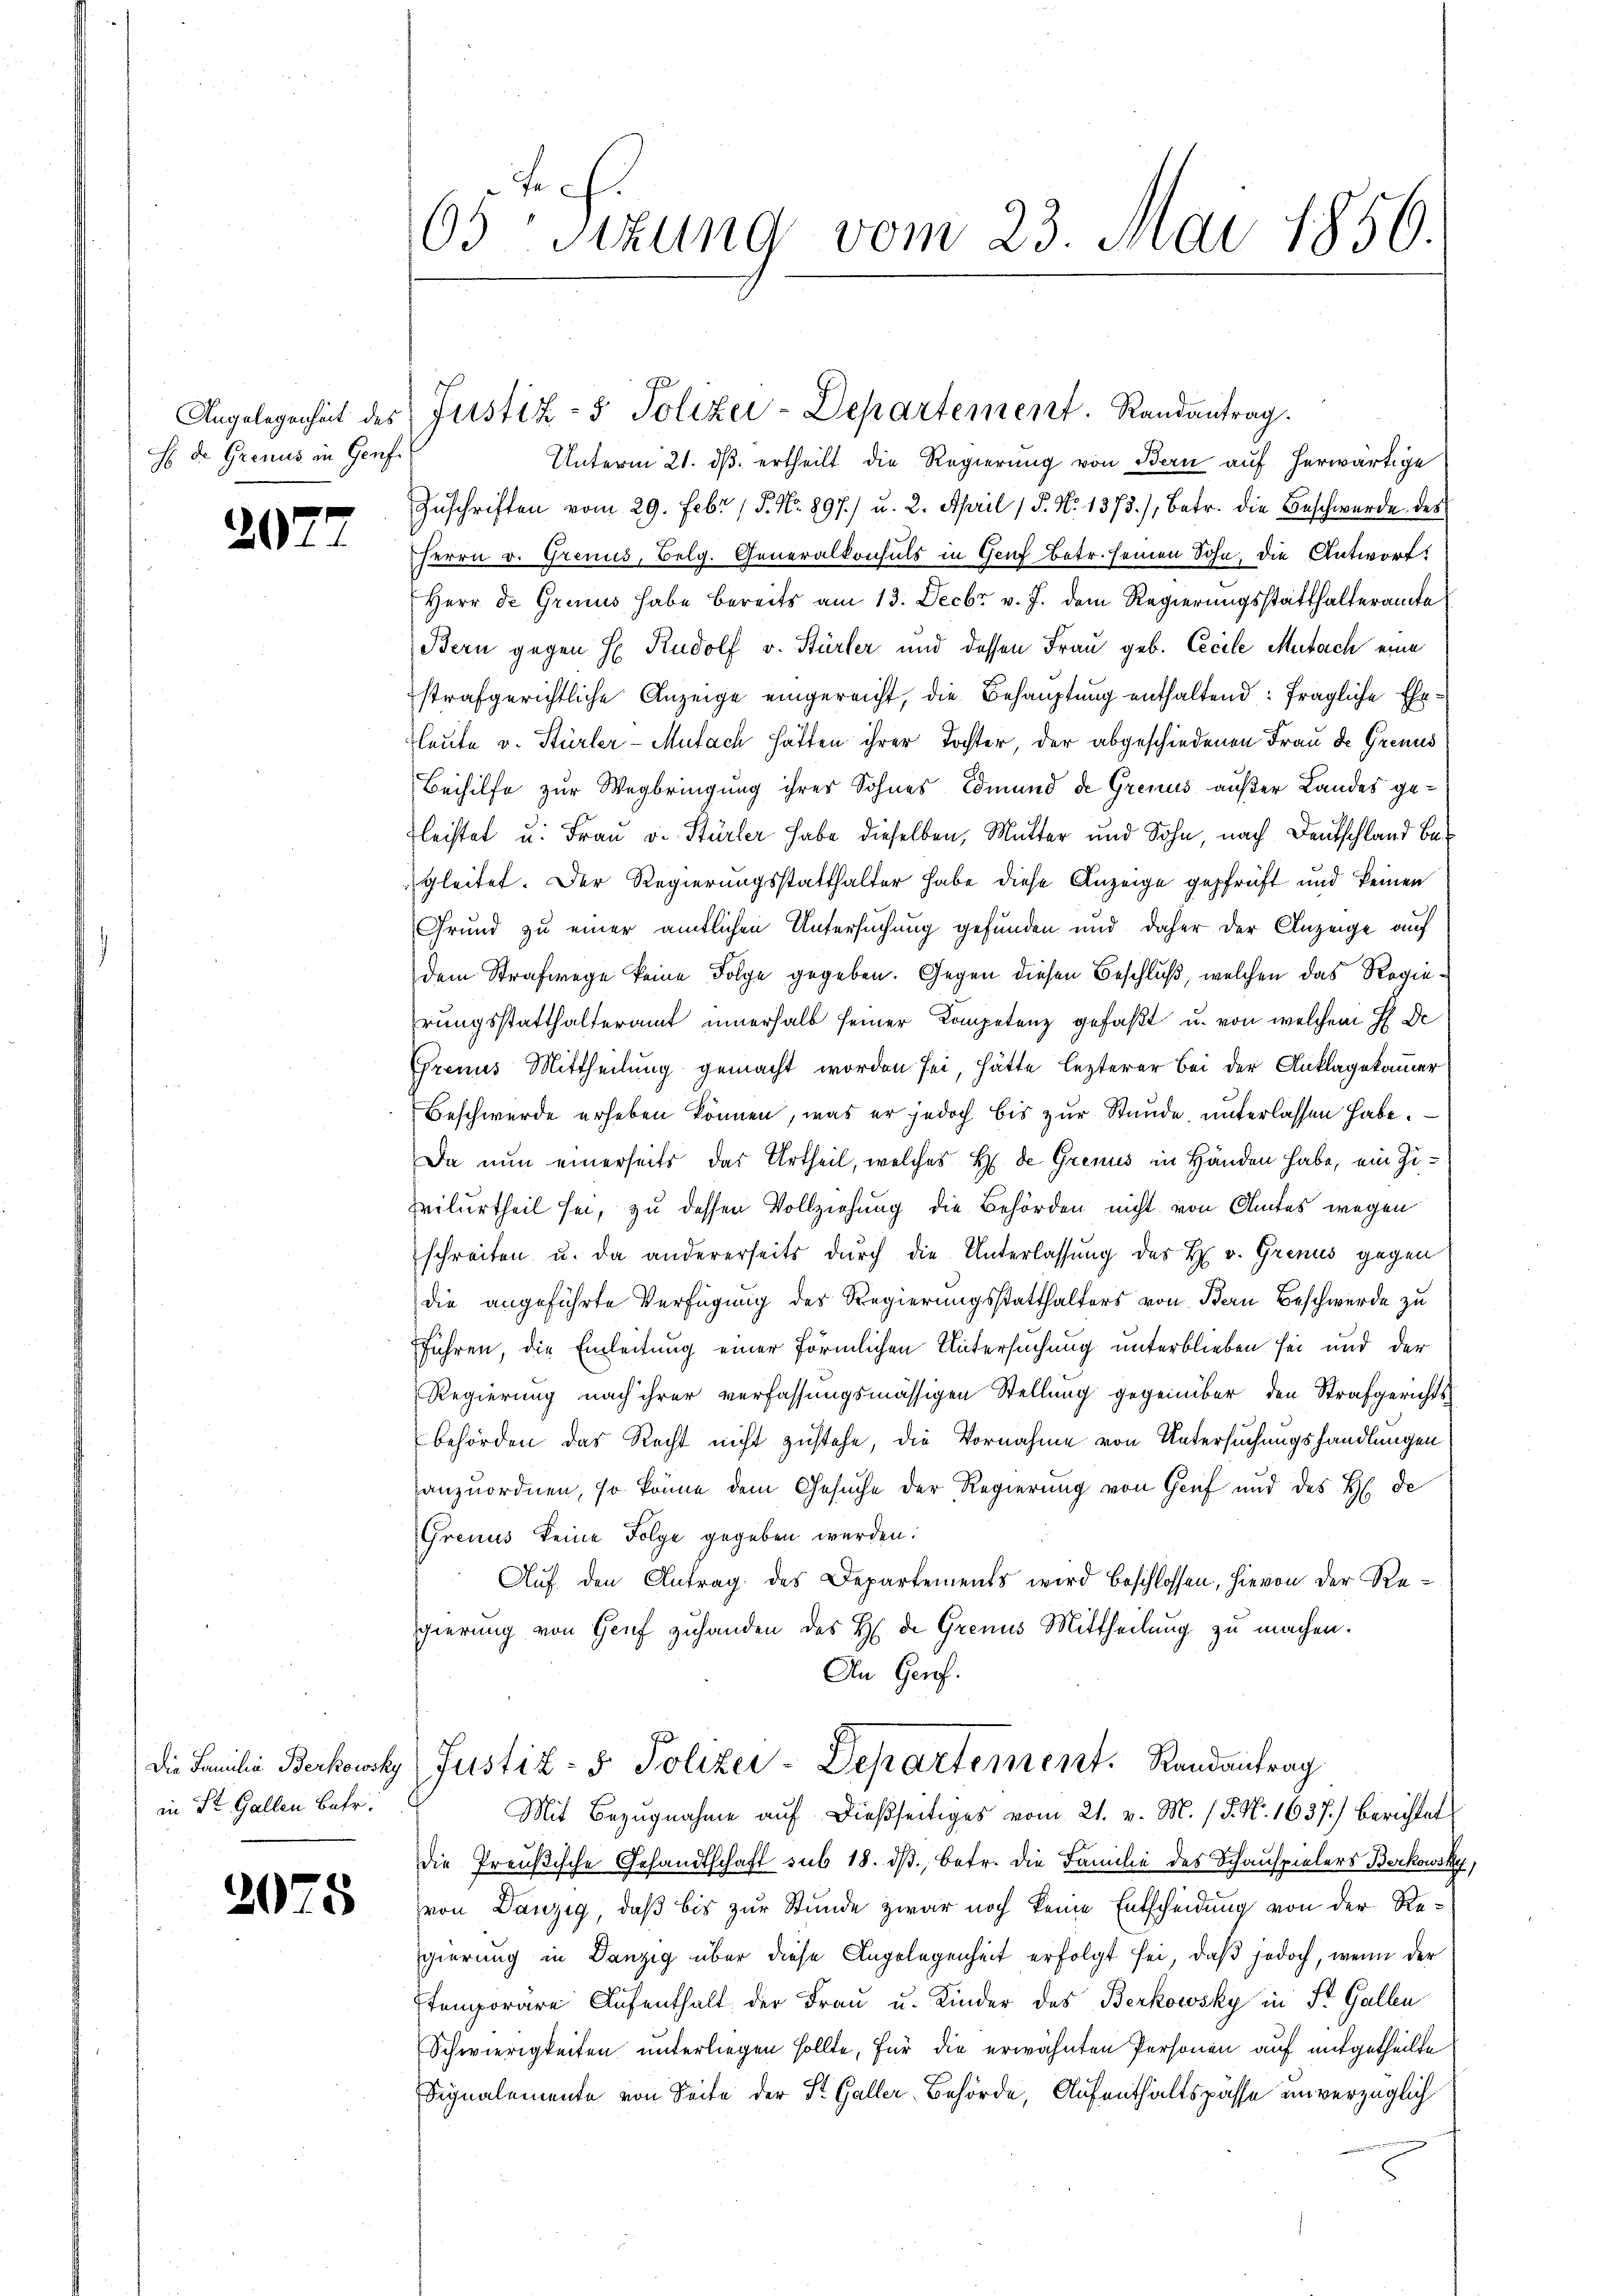
Angelegenheit des
H Dr. Grenus in Genf.

207

2075

65 Sizung vom 23. Mai 1856.

Die Familie Berkowsky
in St. Gallen Betr.

Justiz- & Polizei-Departement. Randantrag.

Unterm 21. ds. ertheilt die Regierung von Bern auf herwärtige
Zuschriften vom 29. Febr. 15. No. 897.) u. 2. April 15. No. 1373), betr. die Beschwerde des
Herrn v. Grenus, Belg. Generalkonsuls in Genf betr. seinen Sohn, die Antwort:
Herr de Grinus habe bereits am 13. Decbr v. J. dem Regierungsstatthalteramte
Bern gegen H. Rudolf v. Stürler und dessen Frau geb. Excele Mutach eine
strafgerichtliche Anzeige eingereicht, die Behauptung enthaltend: fragliche Eheleute v. Stürler-Mutach hätten ihrer Tochter der abgeschiedenen Frau de Grenus
Beihilfe zur Wegbringung ihrer Sohnes Edmund de Grenus außer Landes geleistet u. Frau v. Stürler habe dieselben, Mutter und Sohn, nach Deutschland begleitet. Der Regierungsstatthalter habe diese Anzeige geprüft und keinen
Grund zu einer amtlichen Untersuchung gefunden und daher der Anzeige auf
dem Strafwege keine Folge gegeben. Gegen diesen Beschluß, welchen das Regierungsstatthalteramt innerhalb seiner Kompetenz gefaßt, u. von welchem H. De
Grens Mittheilung gemacht worden sei, hätte lezterer Bei der Anklagekammer
Beschwerde erheben können, was er jedoch bis zur Stande, unterlassen habe.
Da nun einerseits das Urtheil, welches H. de Grenis in Händen habe, ein Zivilurtheil sei, zu dessen Vollziehung die Behörden nicht von Amtes wegen
schreiten u. da andererseits durch die Unterlassung des H. v. Grenus gegen
die angeführte Verfügung des Regierungsstatthalters von Bern Beschwerde zu
führen, die Einleitung einer förmlichen Untersuchung unterblieben sei und der
Regierung nach ihrer verfassungsmässigen Stellung gegenüber den Strafgerichtsbehörden das Recht nicht zustehe, die Vornahme von Untersuchungshandlungen
anzuordnen, so könne dem Gesuche der Regierung von Genf und des H. de
Grenus keine Folge gegeben werden.
Auf den Antrag des Departements wird beschlossen, hievon der Regierung von Genf zuhanden des H. d. Grenus Mittheilung zu machen.
An Genf.
Justiz- & Polizer-Departement. Randantrag
Mit Bezugnahme auf dießseitiges vom 21. v. M. (§. N. 1637.) Berichtet
die Preußische Gesandtschaft sub 18. dβ, betr. die Familie des Schauspielers Berkowsky
von Danzig, daß bis zur Stunde zwar noch keine Entscheidung von der Regierung in Danzig über diese Angelegenheit erfolgt sei, daβ jedoch, wenn der
temporäre Aufenthalt der Frau u. Kinder des Berkowsky in St. Gallen
Schwierigkeiten unterliegen sollte, für die erwähnten Personen auf mitgetheilte
Signalemente von Seite der St. Galler-Behörde, Aufenthaltspässe unverzüglich